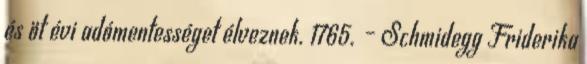
és öt évi adómentességet élveznek. 1765. – Schmidegg Friderika